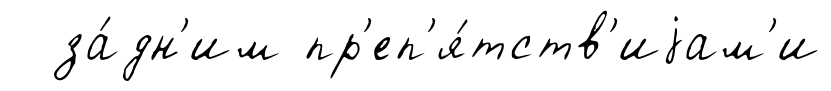
за́дн'им пр'еп'я́тств'иjам'и